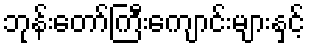
ဘုန်းတော်ကြီးကျောင်းများနှင့်